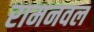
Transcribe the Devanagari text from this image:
रामनवल